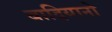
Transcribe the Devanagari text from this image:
बादियानो